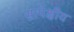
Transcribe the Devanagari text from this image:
सापेक्षीय